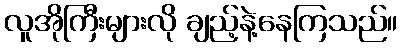
လူအိုကြီးများလို ချည့်နဲ့နေကြသည်။